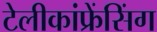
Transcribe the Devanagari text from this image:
टेलीकांफ्रेंसिंग